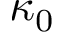
\kappa _ { 0 }